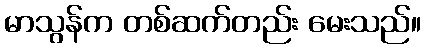
မာသွန်က တစ်ဆက်တည်း မေးသည်။